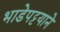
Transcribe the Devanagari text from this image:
भाडेपट्टयाने